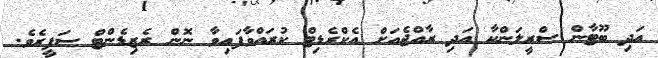
އަދި ބޫޓާން ސްރީލަންކާ އަދި ރާއްޖެއަށް އެކްރެޑިޓް ކުރައްވާފައިވާ ނޮން ރެޒިޑެންޓް ސަފީރެވެ.